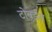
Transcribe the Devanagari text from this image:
टोवर्डस